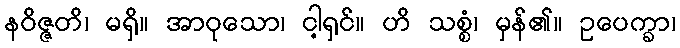
နဝိဇ္ဇတိ၊ မရှိ။ အာဝုသော၊ ငါ့ရှင်။ ဟိ သစ္စံ၊ မှန်၏။ ဥပေက္ခာ၊